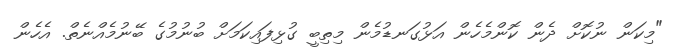
"މިކަން ނުކޮށް ދެން ކޮންމެހެން އަޅުގަނޑުމެން މިތިބީ ގުޅިފައިކަމަށް ބުނުމުގެ ބޭނުމެއްނެތް. އެހެން